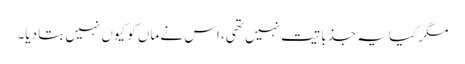
مگر کیا یہ جذباتیت نہیں تھی، اس نے ماں کو کیوں نہیں بتا دیا۔